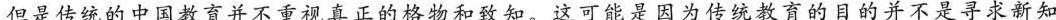
但是传统的中国教育并不重视真正的格物和致知。这可能是因为传统教育的目的并不是寻求新知